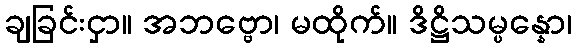
ချခြင်းငှာ။ အဘဗ္ဗော၊ မထိုက်။ ဒိဋ္ဌိသမ္ပန္နော၊